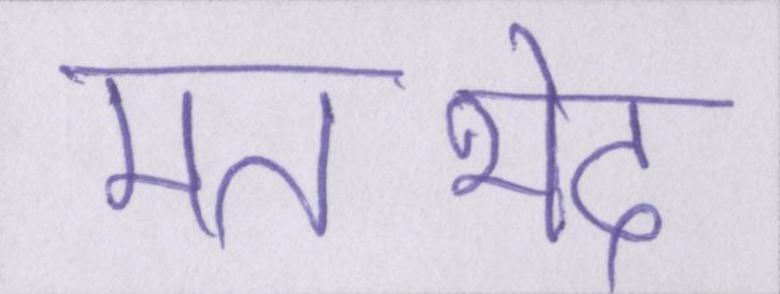
मतभेद